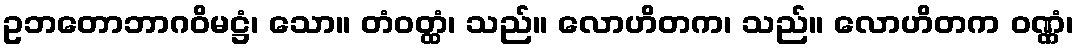
ဥဘတောဘာဂဝိမဋ္ဌံ၊ သော။ တံဝတ္ထံ၊ သည်။ လောဟိတက၊ သည်။ လောဟိတက ဝဏ္ဏံ၊